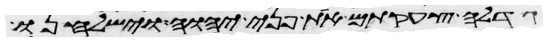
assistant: גדלה צעקתם את פני יהוה וישלחנו